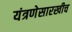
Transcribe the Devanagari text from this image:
यंत्रणेसारखीच